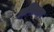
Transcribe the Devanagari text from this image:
अग्निधान